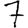
Digit: 7